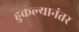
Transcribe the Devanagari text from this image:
हुकल्यानंतर